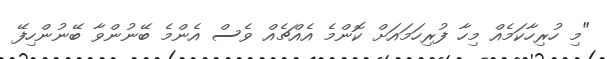
"މި ހުރިހާކަމެއް މިހާ ފުރިހަމައަށް ކޮންމެ އެއްޗެއް ވެސް އެންމެ ބޭނުންވާ ބޭނުންހިފޭ